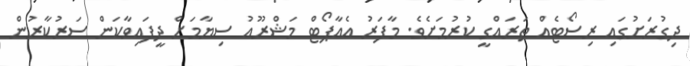
ދިގުރަށުގައި ރިސޯޓެއް ތަރައްގީ ކުރުމަށެވެ. މާފަރު އެއާޕޯޓް މަޝްރޫއު ސިޔާމަށް ދީފައިވާކަން ސަރުކާރުން